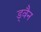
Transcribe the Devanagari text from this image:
ड्वैन